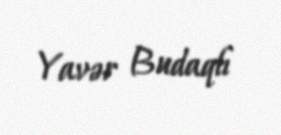
Yavər Budaqlı